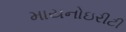
માયનોઇરીટી